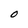
Character: O